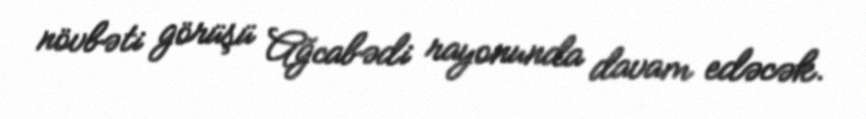
növbəti görüşü Ağcabədi rayonunda davam edəcək.